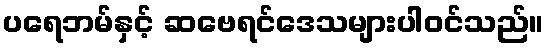
ပရေဘမ်နှင့် ဆဗေရင်ဒေသများပါဝင်သည်။